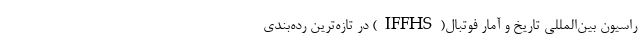
راسیون بین‌المللی تاریخ و آمار فوتبال(IFFHS) در تازه‌ترین رده‌بندی